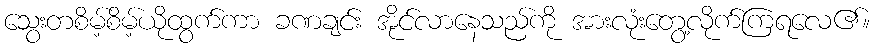
သွေးတစိမ့်စိမ့်ယိုထွက်ကာ ခဏချင်း အိုင်လာနေသည်ကို အားလုံးတွေ့လိုက်ကြရလေ၏။